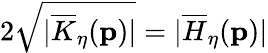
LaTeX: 2\sqrt{\vert\overline{{K}}_{\eta}(\mathbf{p})\vert}=\vert\overline{{H}}_{\eta}(\mathbf{p})\vert